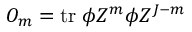
{ \cal O } _ { m } = \mathrm { t r } \; \phi Z ^ { m } \phi Z ^ { J - m }